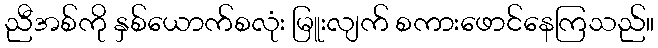
ညီအစ်ကို နှစ်ယောက်စလုံး မြူးလျက် စကားဖောင်နေကြသည်။